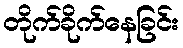
တိုက်ခိုက်နေခြင်း